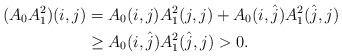
LaTeX: \begin{align*}(A_0 A_1^2)(i, j) &= A_0(i, j) A_1^2(j, j) + A_0(i, \hat{j}) A_1^2(\hat{j}, j) \\ &\geq A_0(i, \hat{j}) A_1^2(\hat{j}, j)>0.\end{align*}